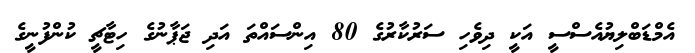
އެމްޑަބްލިޔުއެސްސީ އަކީ ދިވެހި ސަރުކާރުގެ 80 އިންސައްތަ އަދި ޖަޕާނުގެ ހިޓާޗީ ކުންފުނީގެ